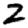
Digit: 2